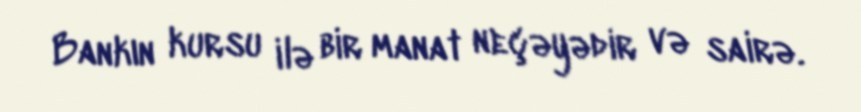
Bankın kursu ilə bir manat neçəyədir və sairə.